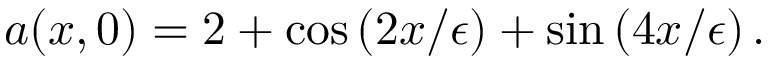
a ( x , 0 ) = 2 + \cos \left( 2 x / \epsilon \right) + \sin \left( 4 x / \epsilon \right) .